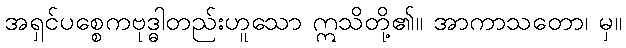
အရှင်ပစ္စေကဗုဒ္ဓါတည်းဟူသော ဣသိတို့၏။ အာကာသတော၊ မှ။